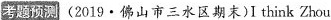
考题预测(2019·佛山市三水区期末)I think Zhou